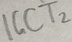
Text: IGCT2